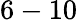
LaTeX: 6-10